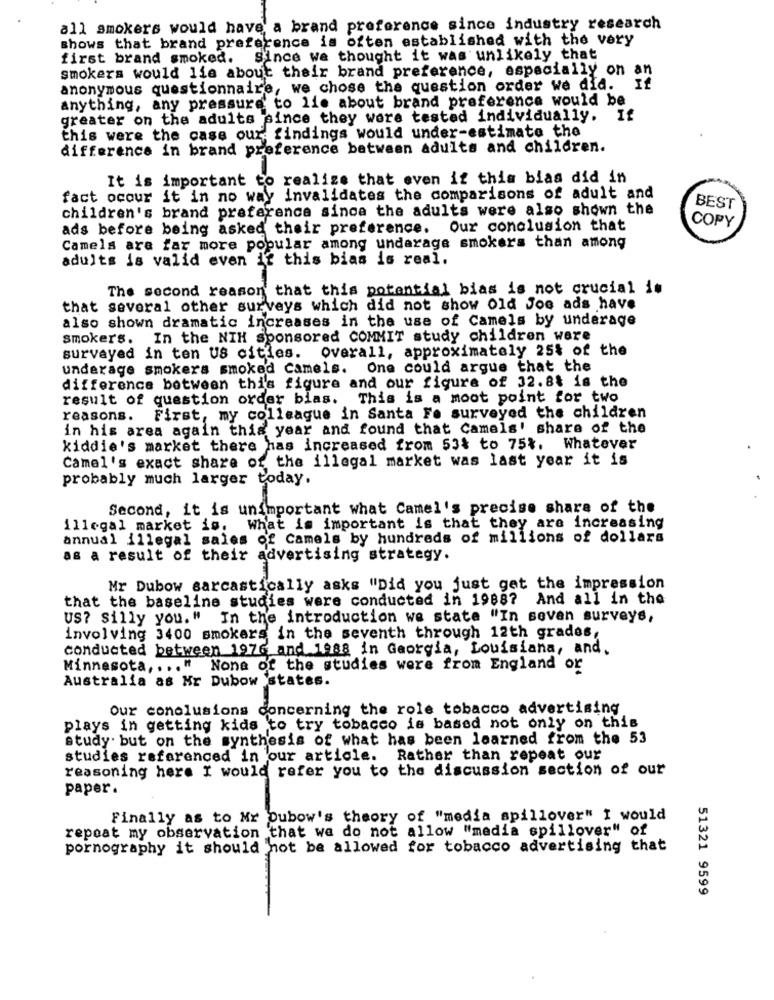
all smokers would have a brand preference since industry research
shows that brand preference is often established with the very
first brand smoked. Since we thought it was unlikely that
smokers would lie about their brand preference, especially on an
anonymous questionnaire, we chose the question order we did.
anything, any pressure to lie about brand preference would be
greater on the adults since they were tested individually. If
this were the case our findings would under-estimate the
difference in brand preference between adults and children.
It is important to realize that even if this bias did in
fact ocour it in no way invalidates the comparisons of adult and
children's brand preference since the adults were also shown the
BEST
COPY
ads before being asked their preference. Our conclusion that
Camels are far more popular among underage smokers than among
adults is valid even if this bias is real.
The second reason that this potential bias is not crucial is
that several other surveys which did not show old Joe ads have
also shown dramatic increases in the use of Camels by underage
smokers. In the NIH sponsored COMMIT study children were
surveyed in ten US cities. Overall, approximately 25% of the
underage smokers smoked Camels. One could argue that the
difference between this figure and our figure of 32.84 is the
result of question order bias. This is a moot point for two
reasons. First, my colleague in Santa Fe surveyed the children
in his area again this year and found that Camels' share of the
kiddie's market there has increased from 53% to 75%. Whatever
Camel's exact share of the illegal market was last year it is
probably much larger today.
Second, it is unimportant what Camel's precise share of the
illegal market is, What is important is that they are increasing
annual illegal sales of Camels by hundreds of millions of dollars
as a result of their advertising strategy.
Mr Dubow sarcastically asks "Did you just get the impression
that the baseline studies were conducted in 19887 And all in the
US? silly you." In the introduction we state "In seven surveys,
involving 3400 smokers in the seventh through 12th grades,
conducted between 1976 and 1988 in Georgia, Louisiana, and.
Minnesota ,... " None of the studies were from England or
Australia as Mr Dubow 'states.
Our conclusions concerning the role tobacco advertising
plays in getting kids to try tobacco is based not only on this
study. but on the synthesis of what has been learned from the 53
studies referenced in our article. Rather than repeat our
reasoning here I would refer you to the discussion section of our
paper.
Finally as to Mr Dubow's theory of "media spillover" I would
repeat my observation that we do not allow "media spillover" of
pornography it should not be allowed for tobacco advertising that
51321 9599